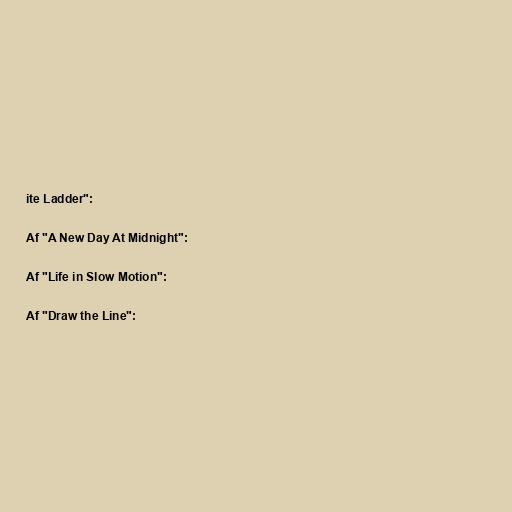
ite Ladder":

Af "A New Day At Midnight":

Af "Life in Slow Motion":

Af "Draw the Line":